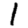
Digit: 1